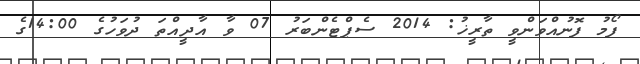
ފޯމު ފޮނުއްވަންވީ ތާރީޚު: 2014 ސެޕްޓެންބަރު 07 ވާ އާދީއްތަ ދުވަހުގެ 14:00ގެ